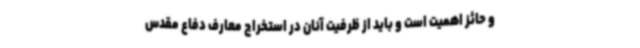
و حائز اهمیت است و باید از ظرفیت آنان در استخراج معارف دفاع مقدس